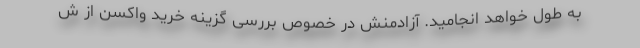
به طول خواهد انجامید. آزادمنش در خصوص بررسی گزینه خرید واکسن از ش